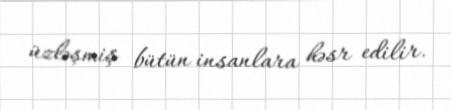
üzləşmiş bütün insanlara həsr edilir.